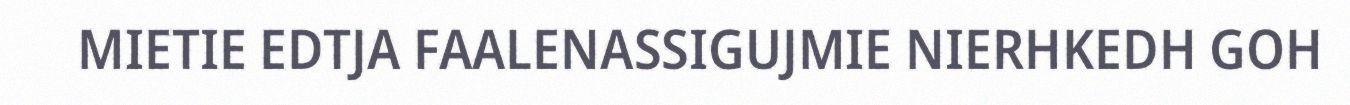
MIETIE EDTJA FAALENASSIGUJMIE NIERHKEDH GOH